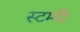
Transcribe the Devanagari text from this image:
स्टम्पी